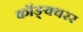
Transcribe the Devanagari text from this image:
कॉङ्क्वरर